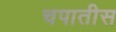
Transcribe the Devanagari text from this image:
चपातीस